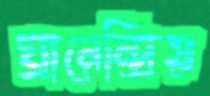
ঘ্রানেন্দ্রিয়